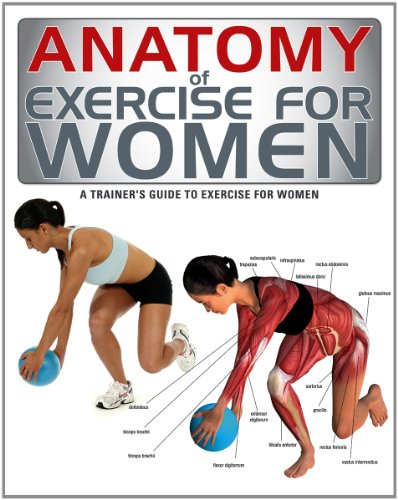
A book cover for Anatomy of Exercise for Women: A Trainer's Guide to Exercise for Women; Health, Fitness & Dieting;